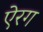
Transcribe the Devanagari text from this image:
ऐरग